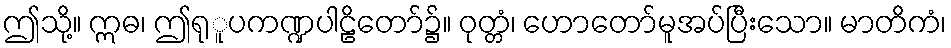
ဤသို့။ ဣဓ၊ ဤရုူပကဏ္ဍပါဠိတော်၌။ ဝုတ္တံ၊ ဟောတော်မူအပ်ပြီးသော။ မာတိကံ၊